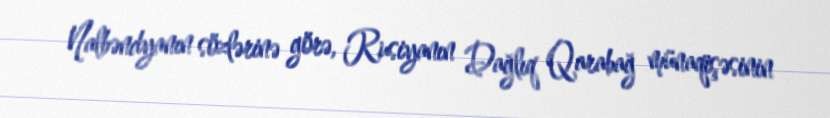
Nalbəndyanın sözlərinə görə, Rusiyanın Dağlıq Qarabağ münaqişəsinin